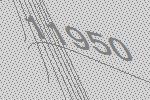
11950